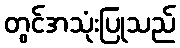
တွင်အသုံးပြုသည်